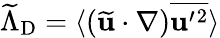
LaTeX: \widetilde{\Lambda}_{\mathrm{{D}}}=\langle{(\widetilde{\mathbf{u}}\cdot\nabla)\overline{{{\mathbf{u}}^{\prime}{}^{2}}}}\rangle